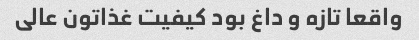
واقعا تازه و داغ بود کیفیت غذاتون عالی